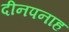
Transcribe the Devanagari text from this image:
दीनपनाह